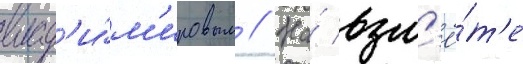
влад'и́м'ировым // На́ взл'ё́т'е